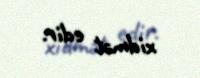
xidmət edir.